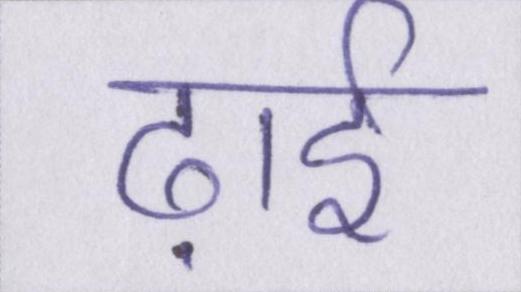
ढ़ाई